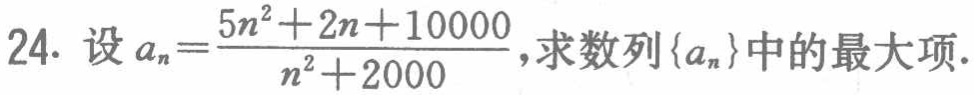
24. 设\(a_{n}=\frac{5n^{2}+2n + 10000}{n^{2}+2000}\)，求数列\(\{a_{n}\}\)中的最大项.